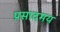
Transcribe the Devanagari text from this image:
प्रसादमय